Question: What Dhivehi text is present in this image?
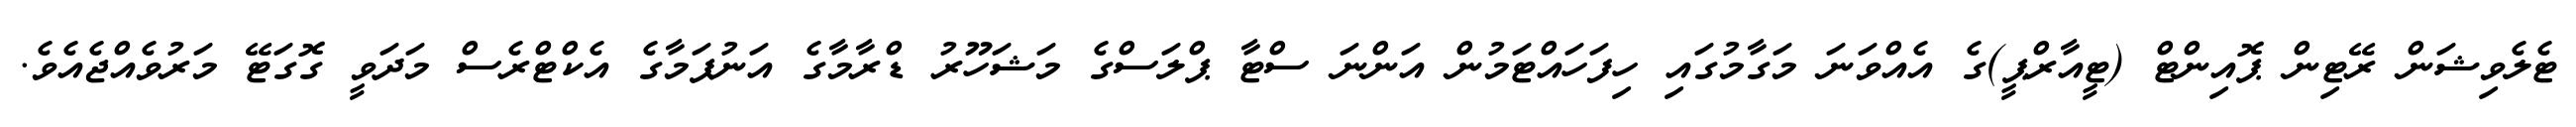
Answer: ޓެލެވިޝަން ރޭޓިން ޕޮއިންޓް (ޓީއާރްޕީ)ގެ އެއްވަނަ މަގާމުގައި ހިފަހައްޓަމުން އަންނަ ސްޓާ ޕްލަސްގެ މަޝަހޫރު ޑްރާމާގެ އަނުޕަމާގެ އެކްޓްރެސް މަދަވީ ގޮގަޓޭ މަރުވެއްޖެއެވެ.